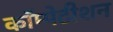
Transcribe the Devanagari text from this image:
कॉम्पेटीशन